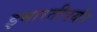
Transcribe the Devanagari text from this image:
इमारतीपर्यंत